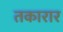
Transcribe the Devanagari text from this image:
तकारार